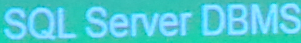
SQL Server DBMS